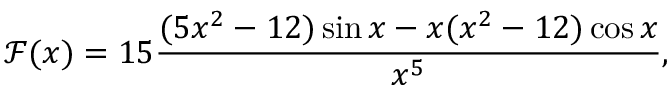
\mathcal { F } ( x ) = 1 5 \frac { ( 5 x ^ { 2 } - 1 2 ) \sin x - x ( x ^ { 2 } - 1 2 ) \cos x } { x ^ { 5 } } ,